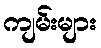
ကျမ်းများ